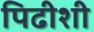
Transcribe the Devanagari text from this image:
पिढीशी